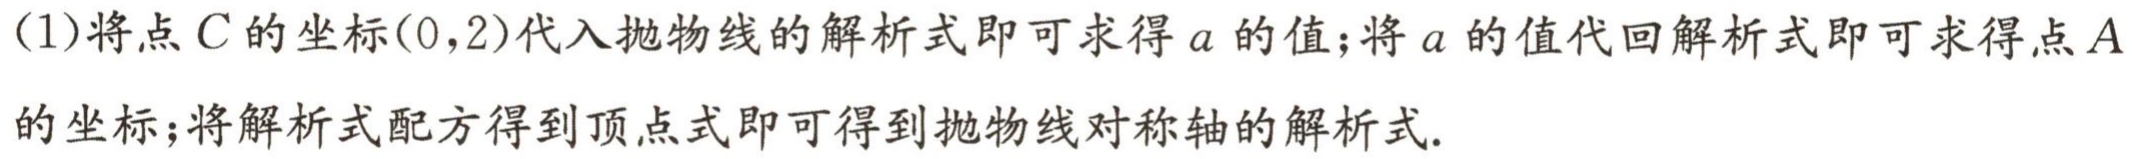
(1)将点\(C\)的坐标\((0,2)\)代入抛物线的解析式即可求得\(a\)的值；将\(a\)的值代回解析式即可求得点\(A\)的坐标；将解析式配方得到顶点式即可得到抛物线对称轴的解析式.